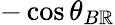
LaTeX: -\cos{\theta_{B\mathbb{R}}}